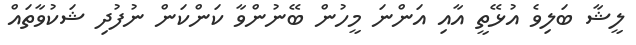
ލީޝާ ބަލިވެ އުޅޭތީ އާއި އަންނަ މީހުން ބޭނުންވާ ކަންކަން ނުފުދި ޝަކުވާތައް